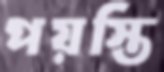
পয়স্তি